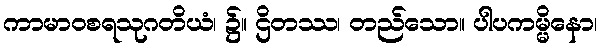
ကာမာဝစရသုဂတိယံ၊ ၌။ ဌိတဿ၊ တည်သော။ ပါပကမ္မိနော၊